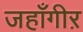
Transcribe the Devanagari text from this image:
जहाँगीऱ